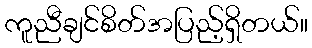
ကူညီချင်စိတ်အပြည့်ရှိတယ်။